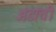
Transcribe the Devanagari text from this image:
अंडांची